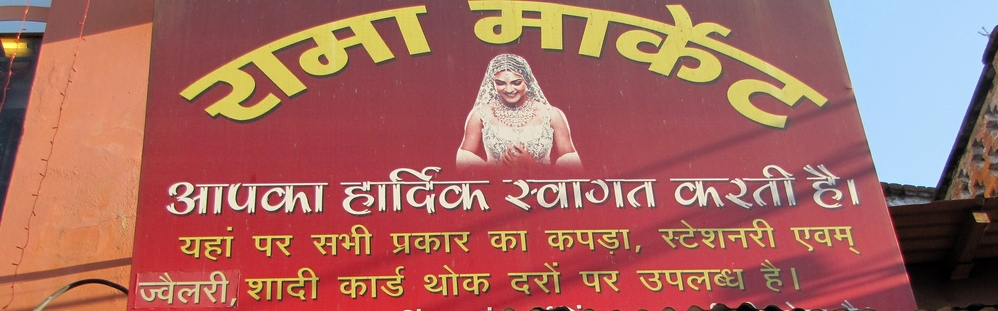
Language: hindi
Transcription: है। एवम् है। उपलब्ध पर दरों थोक कार्ड शादी स्टेशनरी पर यहां करती स्वागत हार्दिक मार्केट रामा सभी ज्वेलरी प्रकार का